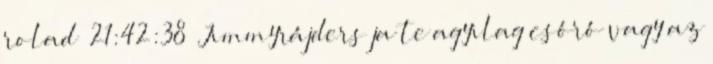
rolad 21:42:38 Jimmyrájders ja te agyilag csóró vagy az